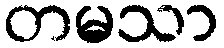
တမသာ